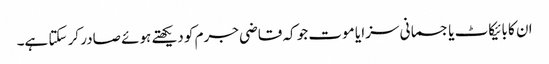
ان کا بائیکاٹ یا جسمانی سزا یا موت جو کہ قاضی جرم کو دیکھتے ہوئے صادر کر سکتا ہے۔